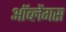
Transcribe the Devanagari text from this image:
ऑब्लेंगस